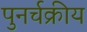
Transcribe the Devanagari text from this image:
पुनर्चक्रीय